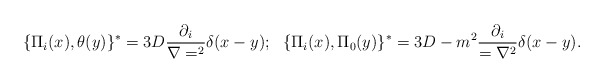
\begin{align*}\{\Pi _i(x),\theta (y)\}^*=3D{{\partial _i}\over {\nabla =^2}}\delta(x-y);~~\{\Pi _i(x),\Pi _0 (y)\}^*=3D-m^2{{\partial _i}\over ={\nabla ^2}}\delta(x-y).\end{align*}